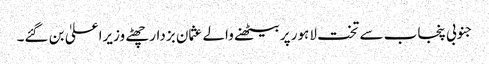
جنوبی پنجاب سے تخت لاہور پر بیٹھنے والے عثمان بزدار چھٹے وزیراعلیٰ بن گئے۔